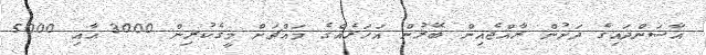
އާސަންދައިގެ ދަށުން ރާއްޖެއިން ބޭރުން އަހަރެއްގެ މައްޗަށް މީގެކުރިން 3000 އާއި 5000